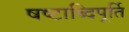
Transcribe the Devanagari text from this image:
षष्टाब्दिपूर्ति